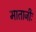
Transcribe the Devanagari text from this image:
माताजीः